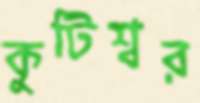
কুটিশ্বর